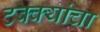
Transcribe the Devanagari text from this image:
टक्क्यांचा